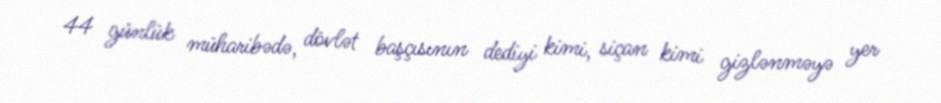
44 günlük müharibədə, dövlət başçısının dediyi kimi, siçan kimi gizlənməyə yer